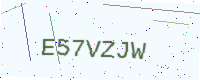
Text: E57VZJW